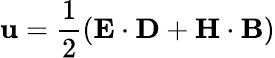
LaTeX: \mathbf{u}={\frac{{1}}{{2}}}(\mathbf{{E}}\cdot\mathbf{{D}}+\mathbf{{H}}\cdot\mathbf{{B}})